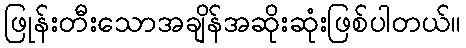
ဖြုန်းတီးသောအချိန်အဆိုးဆုံးဖြစ်ပါတယ်။